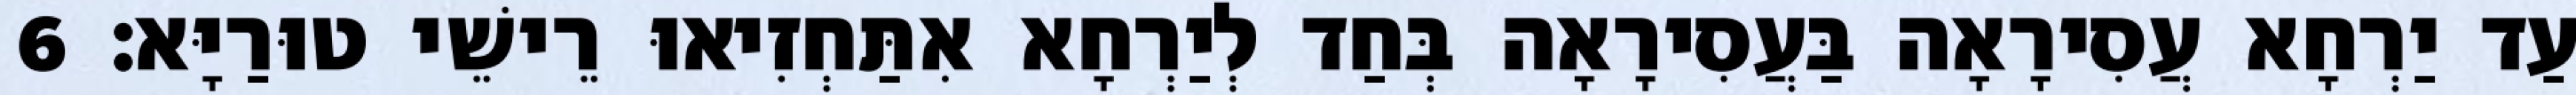
עַד יַרְחָא עֲסִירָאָה בַּעֲסִירָאָה בְּחַד לְיַרְחָא אִתַּחְזִיאוּ רֵישֵׁי טוּרַיָּא׃ 6